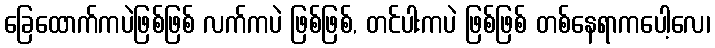
ခြေထောက်ကပဲဖြစ်ဖြစ် လက်ကပဲ ဖြစ်ဖြစ်, တင်ပါးကပဲ ဖြစ်ဖြစ် တစ်နေရာကပေါ့လေ၊